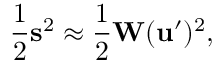
\frac { 1 } { 2 } \mathbf { s } ^ { 2 } \approx \frac { 1 } { 2 } \mathbf { W } ( \mathbf { u } ^ { \prime } ) ^ { 2 } ,